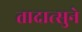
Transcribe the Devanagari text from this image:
तादात्सुने